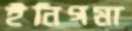
ইনিগমা